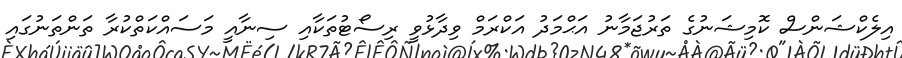
އިލެކްޝަންސް ކޮމިޝަނުގެ ތަރުޖަމާނު އަޙްމަދު އަކްރަމް ވިދާޅުވީ ރިސޯޓުތަކާއި ސިނާއީ މަސައްކަތްކުރާ ތަންތަނުގައި